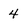
Character: 4